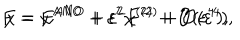
F = F ^ { \mathrm { A N O } } + \varepsilon ^ { 2 } F ^ { ( 2 ) } + { \cal O } ( \varepsilon ^ { 4 } ) , \hspace { 5 m m } \chi = \chi ^ { \mathrm { A N O } } + \varepsilon ^ { 2 } \chi ^ { ( 2 ) } + { \cal O } ( \varepsilon ^ { 4 } ) ,